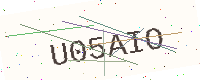
Text: U05AIO